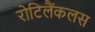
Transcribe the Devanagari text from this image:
रोटिलैंकलस